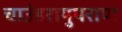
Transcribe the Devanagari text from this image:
चाउंडरायुपराण